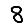
Digit: 8